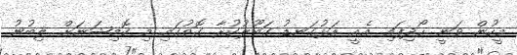
މީހުން ވަނީ ހޯދިފައި. އެއީ އަޅުގަނޑު ގަބޫލުކުރާ ގޮތުގައި މި ކޮމިޝަނަށް ލިބުނު